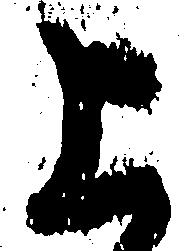
上